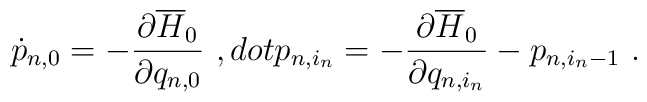
\dot{p}_{n,0}=-\frac{\partial\overline{H}_0}{\partial q_{n,0}}\ ,\ \\dot{p}_{n,i_n}=-\frac{\partial\overline{H}_0}{\partial q_{n,i_n}}-p_{n,i_n-1}\ .